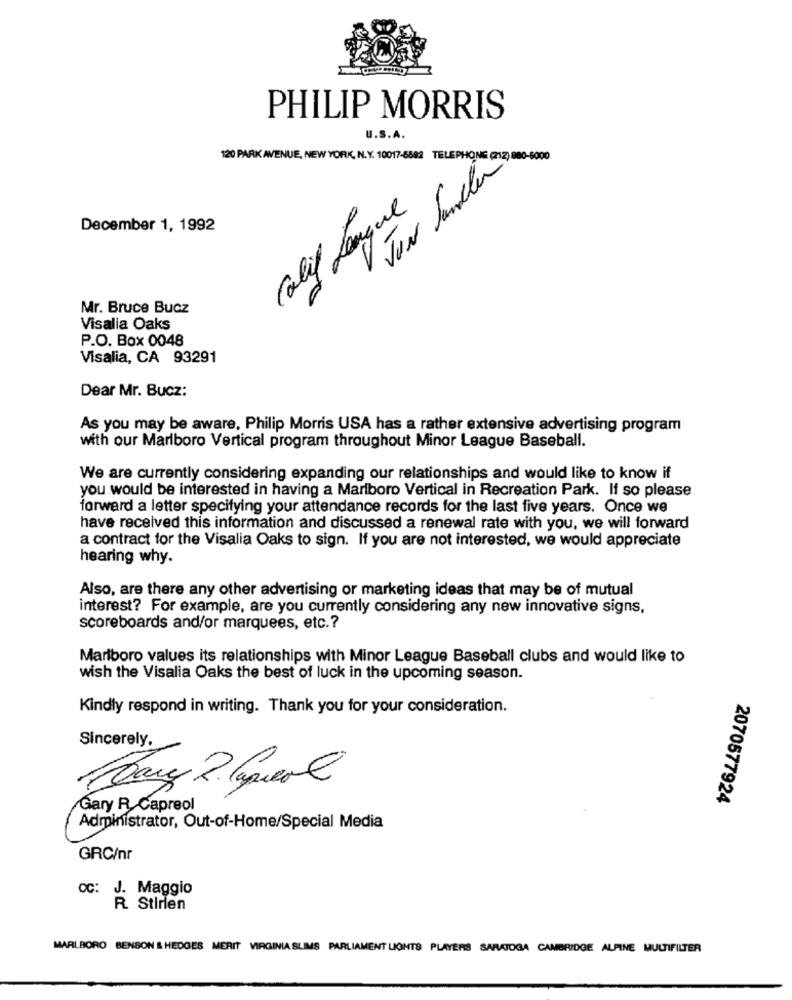
PHILIP MORRIS
U.S.A.
120 PARK AVENUE, NEW YORK, N.Y. 10017-6892 TELEPHONE (212) 880-6000
JUN Panchin
Calif Longue
December 1, 1992
Mr. Bruce Bucz
Visalia Oaks
P.O. Box 0048
Visalia, CA 93291
Dear Mr. Bucz:
As you may be aware, Philip Morris USA has a rather extensive advertising program
with our Marlboro Vertical program throughout Minor League Baseball.
We are currently considering expanding our relationships and would like to know if
you would be interested in having a Marlboro Vertical in Recreation Park. If so please
forward a letter specifying your attendance records for the last five years. Once we
have received this information and discussed a renewal rate with you, we will forward
a contract for the Visalia Oaks to sign. If you are not interested, we would appreciate
hearing why.
Also, are there any other advertising or marketing ideas that may be of mutual
interest? For example, are you currently considering any new innovative signs,
scoreboards and/or marquees, etc .?
Marlboro values its relationships with Minor League Baseball clubs and would like to
wish the Visalia Oaks the best of luck in the upcoming season.
Kindly respond in writing. Thank you for your consideration.
Sincerely,
Cary 2. lapuer €
2070577924
Gary R. Capreol
Administrator, Out-of-Home/Special Media
GRC/nr
CC: J. Maggio
R. Stirlen
MARLBORO BENSON & HEDGES MERIT VIRGINIA SLIMS PARLIAMENT LIGHTS PLAYERS SARATOGA CAMBRIDGE ALPINE MULTIFILTER